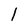
Character: l